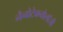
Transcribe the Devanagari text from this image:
नैनोटेक्नोलॉजी